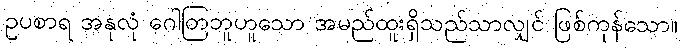
ဥပစာရ အနုလုံ ဂေါတြဘူဟူသော အမည်ထူးရှိသည်သာလျှင် ဖြစ်ကုန်သော။